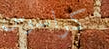
كراسوس